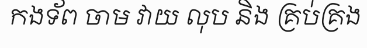
កងទ័ព ចាម វាយ លុប និង គ្រប់គ្រង